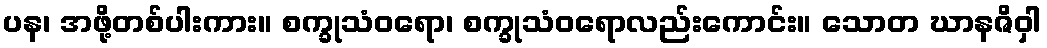
ပန၊ အဖို့တစ်ပါးကား။ စက္ခုသံဝရော၊ စက္ခုသံဝရောလည်းကောင်း။ သောတ ဃာနဇိဝှါ